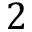
2